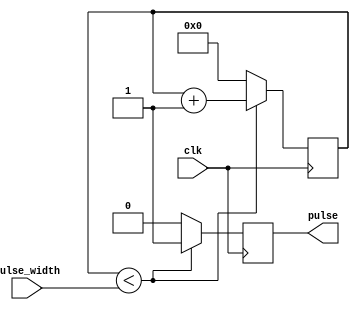
module VariablePulseWidthGenerator (
    input [7:0] pulse_width,
    input clk,
    output reg pulse
);

reg [7:0] count;

always @(posedge clk) begin
    if (count < pulse_width) begin
        pulse <= 1;
        count <= count + 1;
    end else begin
        pulse <= 0;
        count <= 0;
    end
end

endmodule